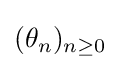
(\theta _{n})_{n\geq 0}